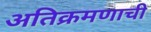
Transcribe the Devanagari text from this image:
अतिक्रमणाची